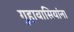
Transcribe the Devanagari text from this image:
गुहावासियांना